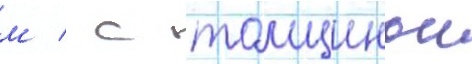
м / с толщинои